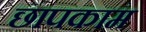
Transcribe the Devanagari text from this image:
छापकाम